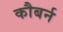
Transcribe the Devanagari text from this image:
कौबर्न